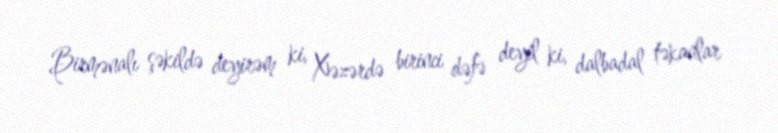
Birmənalı şəkildə deyirəm ki, Xəzərdə birinci dəfə deyil ki, dalbadal təkanlar